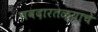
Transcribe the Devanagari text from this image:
चवदारतळ्याचे